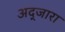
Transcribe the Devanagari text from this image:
अद्जारा